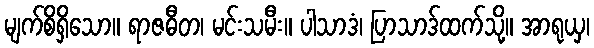
မျက်စိရှိသော။ ရာဇဓီတ၊ မင်းသမီး။ ပါသာဒံ၊ ပြာသာဒ်ထက်သို့။ အာရုယှ၊